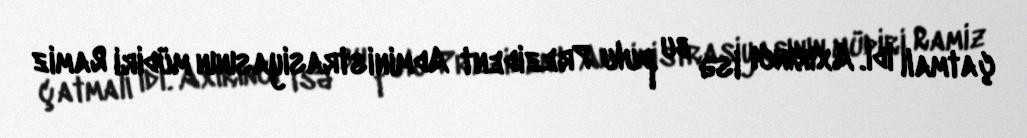
çatmalı idi. Axırıncı isə bu pulu Prezident Administrasiyasının müdiri Ramiz